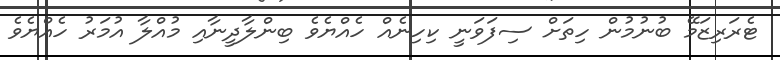
ޓެރަރިޒަމޭ ބުނުމުން ހިތަށް ސިފަވަނީ ކިހިނެއް ހެއްޔެވެ ބިންލާދީނާއި މުއްލާ އުމަރު ހެއްޔެވެ